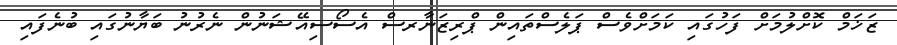
ޒަޚަމް ކޮށްލުމަށް ފަހުގައި ކަމަށްވެސް ޕަލެސްތައިން ޕްރިޒަނާރސް އެސޯސިއޭޝަނުން ނެރުނު ބަޔާނުގައި ބުނެފައި